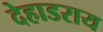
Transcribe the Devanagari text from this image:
देहाडराय